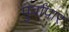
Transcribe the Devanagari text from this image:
पुर्वांपार